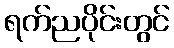
ရက်ညပိုင်းတွင်